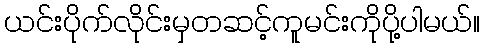
ယင်းပိုက်လိုင်းမှတဆင့်ကူမင်းကိုပို့ပါမယ်။